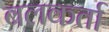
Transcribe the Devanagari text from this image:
बलकर्ता